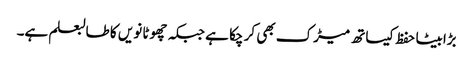
بڑابیٹا حفظ کیساتھ میڑک بھی کر چکا ہے جبکہ چھوٹا نویں کا طالبعلم ہے۔